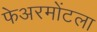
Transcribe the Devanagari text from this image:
फेअरमोंटला